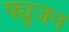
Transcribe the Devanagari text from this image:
फ्युजन